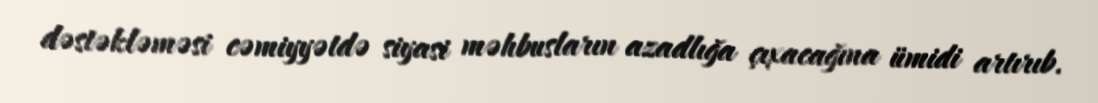
dəstəkləməsi cəmiyyətdə siyasi məhbusların azadlığa çıxacağına ümidi artırıb.